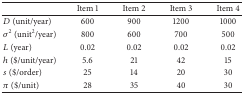
<table><thead><tr><td><b> </b></td><td><b>Item 1</b></td><td><b>Item 2</b></td><td><b>Item 3</b></td><td><b>Item 4</b></td></tr></thead><tbody><tr><td><i>D</i> (unit/year)</td><td>600</td><td>900</td><td>1200</td><td>1000</td></tr><tr><td><i>σ</i><sup>2</sup> (unit<sup>2</sup>/year)</td><td>800</td><td>600</td><td>700</td><td>500</td></tr><tr><td><i>L</i> (year)</td><td>0.02</td><td>0.02</td><td>0.02</td><td>0.02</td></tr><tr><td><i>h</i> ($/unit/year)</td><td>5.6</td><td>21</td><td>42</td><td>15</td></tr><tr><td><i>s</i> ($/order)</td><td>25</td><td>14</td><td>20</td><td>30</td></tr><tr><td><i>π</i> ($/unit)</td><td>28</td><td>35</td><td>40</td><td>30</td></tr></tbody></table>